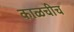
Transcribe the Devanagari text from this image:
काळचीच